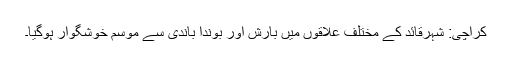
کراچی: شہرقائد کے مختلف علاقوں میں بارش اور بوندا باندی سے موسم خوشگوار ہوگیا۔